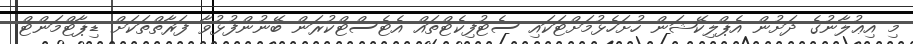
މި އިޢުލާނުގެ ދަށުން އެޕްލިކޭޝަން ހުށަހެޅުމަށްޓަކައި ސެޓުފިކެޓްތައް އެޓެސްޓްކުރަން ބޭނުންފުޅުވާ ފަރާތްތަކަށް ޑިޕާޓްމަންޓް